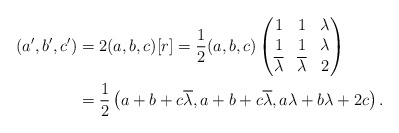
\begin{align*} (a',b',c') &= 2(a,b,c)[r] = \frac{1}{2}(a,b,c)\left( \begin{matrix} 1 & 1 & \lambda \\ 1 & 1 & \lambda \\ \overline{\lambda} & \overline{\lambda} & 2 \end{matrix}\right) \\ &= \frac{1}{2}\left(a + b + c\overline{\lambda}, a + b + c\overline{\lambda}, a\lambda + b \lambda + 2c \right). \end{align*}